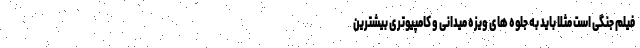
فیلم جنگی است مثلا باید به جلوه های ویزه میدانی و کامپیوتری بیشترین